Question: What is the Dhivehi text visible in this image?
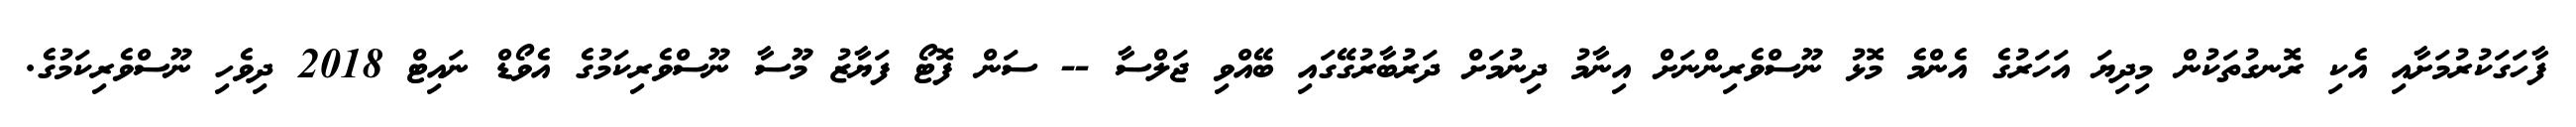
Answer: ފާހަގަކުރުމަށާއި އެކި ރޮނގުތަކުން މިދިޔަ އަހަރުގެ އެންމެ މޮޅު ނޫސްވެރިންނަށް އިނާމު ދިނުމަށް ދަރުބާރުގޭގައި ބޭއްވި ޖަލްސާ -- ސަން ފޮޓޯ ފަޔާޒު މޫސާ ނޫސްވެރިކަމުގެ އެވޯޑް ނައިޓް 2018 ދިވެހި ނޫސްވެރިކަމުގެ.